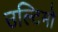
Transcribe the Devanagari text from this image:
उल्टिमो